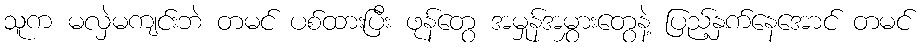
သူက မလှဲမကျင်းဘဲ တမင် ပစ်ထားပြီး ဖုန်တွေ အမှုန်အမွှားတွေနဲ့ ပြည့်နှက်နေအောင် တမင်